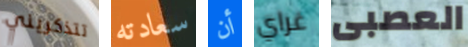
تتذكريني سعادته أن غراي العصبى